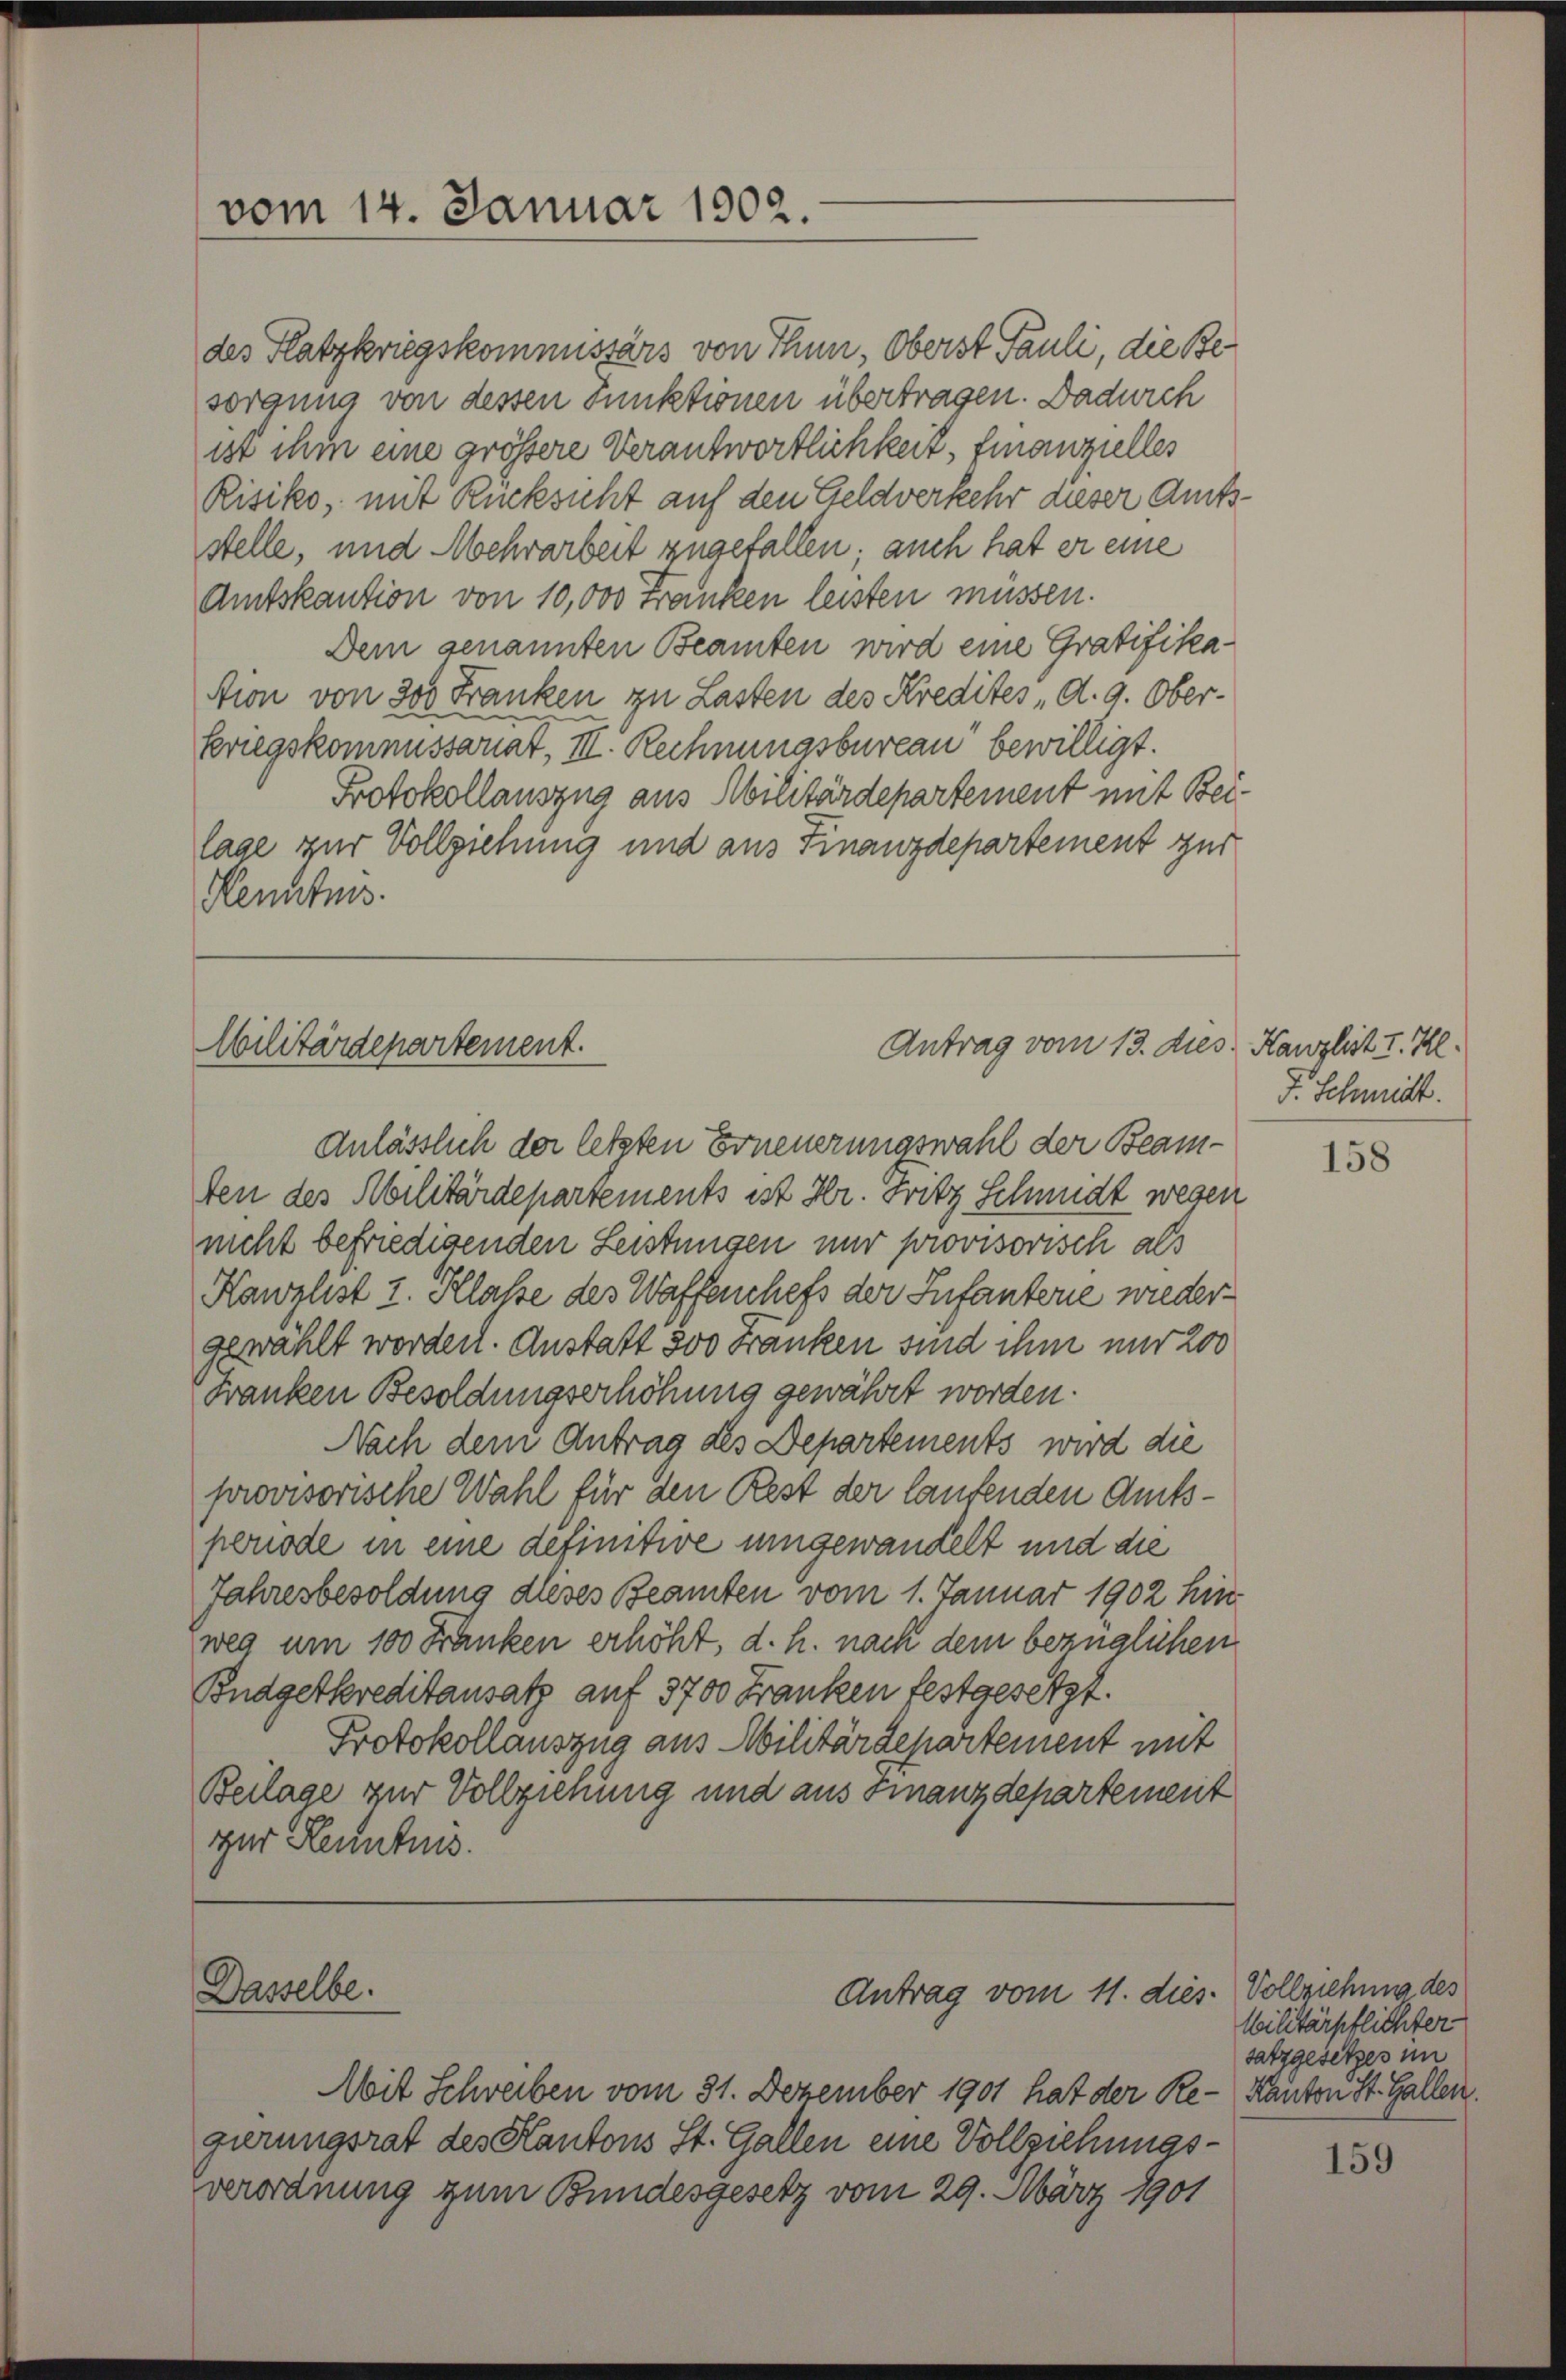
vom 14. Januar 1902.

des Platzkriegskommissärs von Thun, Oberst Pauli, die Besorgung von dessen Junktionen übertragen. Dadurch
ist ihm eine grössere Verantwortlichkeit, finanzielles
Risiko, mit Rücksicht auf den Geldverkehr dieser Amtsstelle, und Mehrarbeit zugefallen; auch hat er eine
Amtskaution von 10,000 Franken leisten müssen.
Dem genannten Beamten wird eine Gratifikastion von 300 Franken zu Lasten des Kredites d. 9. Oberkriegskommissariat, III. Rechnungsbureau bewilligt.
Protokollauszug aus Militärdepartement mit Beilage zur Vollziehung und aus Finanzdepartement zur
Kenntnis.

Militärdepartement.

Anlässlich der letzten Erneuerungswahl der Beamten des Abilitärdepartements ist Hr. Fritz Schmidt wegen
nicht befriedigenden Leistungen nur provisorisch als
Kanzlist I. Klasse des Waffenchefs der Infantere wiedergewählt worden. Anstatt 300 Franken sind ihm nur 200
Franken Besoldungserhöhung gewährt worden.
Nach dem Antrag des Departements wird die
provisorische Wahl für den Rest der laufenden Amtsperiode in eine definitive umgewandelt und die
Jahresbesoldung dieses Beamten vom 1. Januar 1902 hinweg um 100 Franken erhöht, d. h. nach dem bezüglichen
Budgetkreditansatz auf 3700 Franken festgesetzt.
Protokollauszug aus Militärdepartement mit
Beilage zur Vollziehung und aus Finanzdepartement
zur Kenntnis.

Dasselbe.

Antrag vom 13. dies Kanzlist I. Il.

Antrag vom 11. dies. Vollziehung des

Mit Schreiben vom 31. Dezember 1901 hat der Re- Kanton St. Gallen.
gierungsrat des Kantons St. Gallen eine Vollziehungsverordnung zum Bundesgesetz vom 29. März 1901

F. Schmidt.

158

Militärpflichter
satzgesetzes im

159